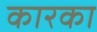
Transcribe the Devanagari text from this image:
कारका